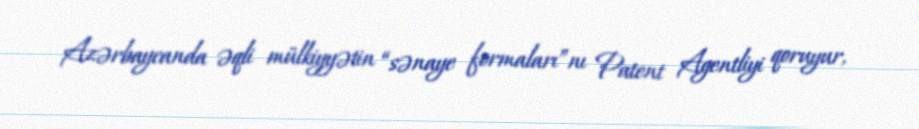
Azərbaycanda əqli mülkiyyətin “sənaye formaları”nı Patent Agentliyi qoruyur,